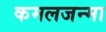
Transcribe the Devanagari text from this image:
कमलजन्मा